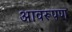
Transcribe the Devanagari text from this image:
आवरूपण